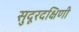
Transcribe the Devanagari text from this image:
सुदूरदक्षिणी